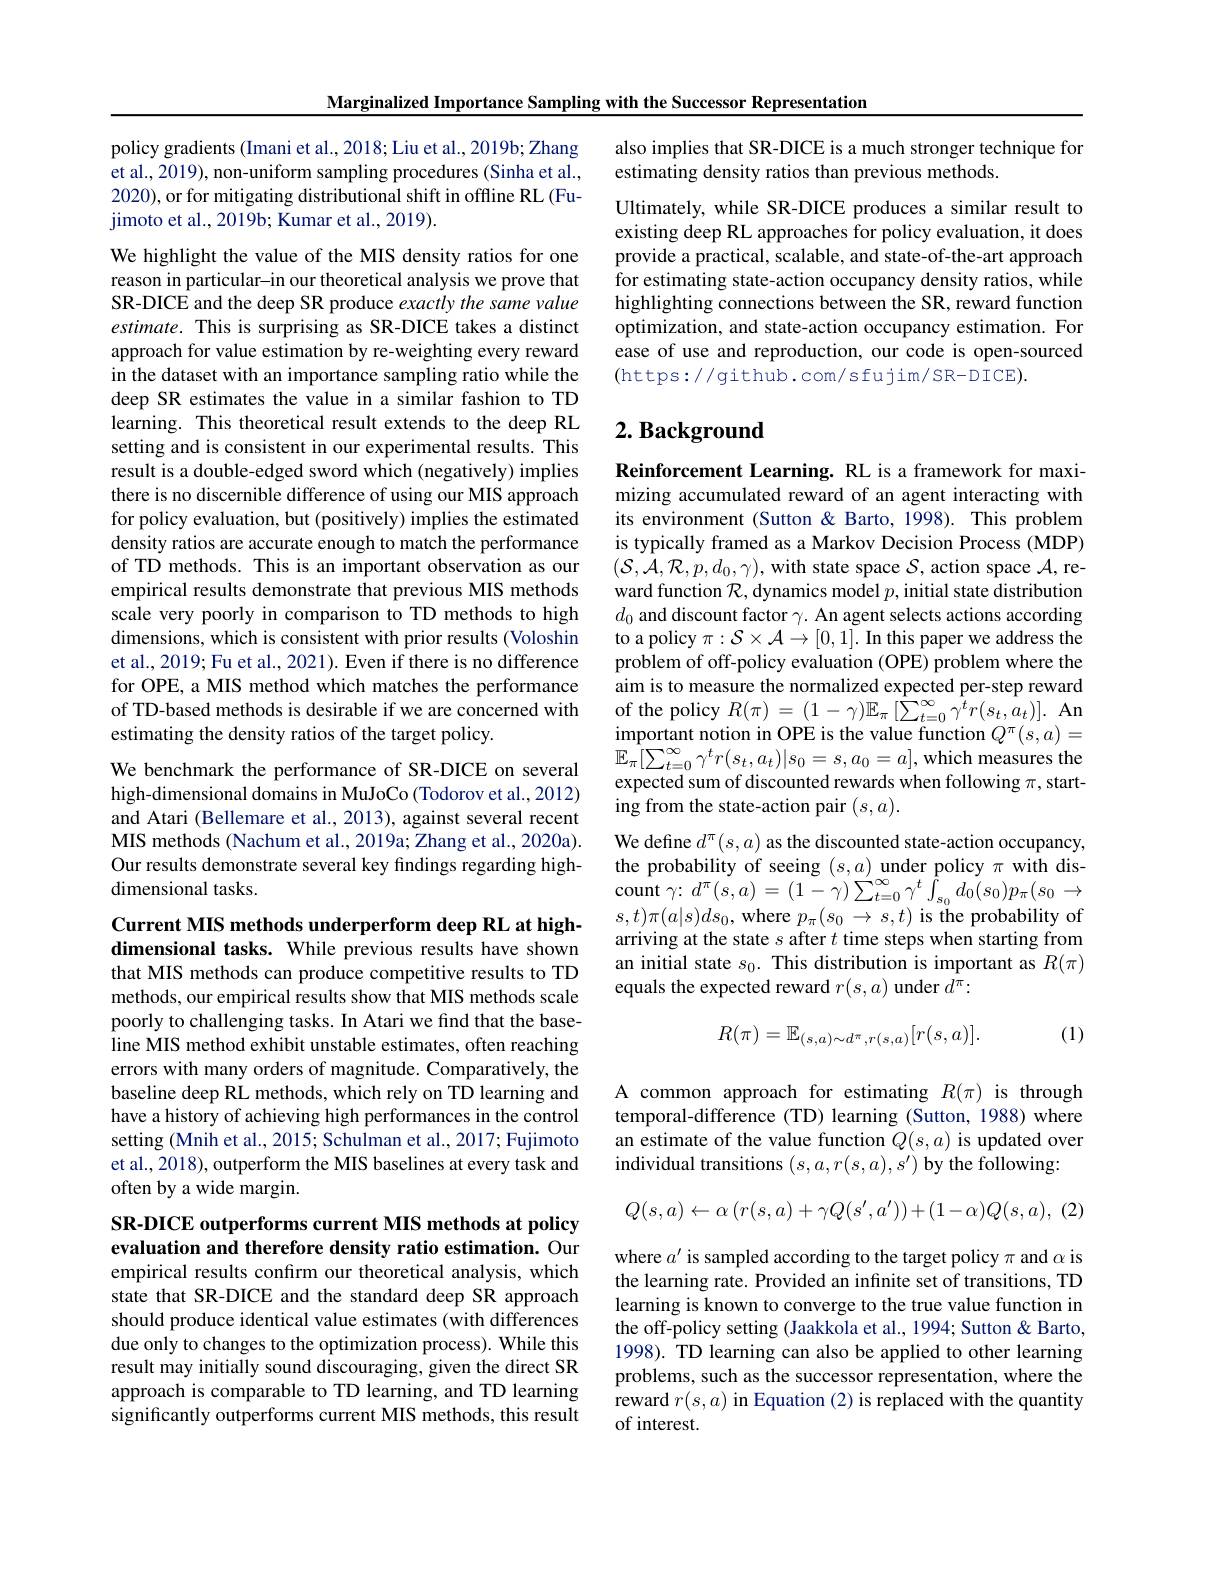
Marginalized Importance Sampling with the Successor Representation

policy gradients (Imani et al., 2018; Liu et al., 2019b; Zhang et al., 2019), non-uniform sampling procedures (Sinha et al., 2020), or for mitigating distributional shift in offline RL (Fujimoto et al., 2019b; Kumar et al., 2019).

We highlight the value of the MIS density ratios for one reason in particular-in our theoretical analysis we prove that SR-DICE and the deep SR produce exactly the same value estimate. This is surprising as SR-DICE takes a distinct approach for value estimation by re-weighting every reward in the dataset with an importance sampling ratio while the deep SR estimates the value in a similar fashion to TD learning. This theoretical result extends to the deep RL setting and is consistent in our experimental results. This result is a double-edged sword which (negatively) implies there is no discernible difference of using our MIS approach for policy evaluation, but (positively) implies the estimated density ratios are accurate enough to match the performance of TD methods. This is an important observation as our empirical results demonstrate that previous MIS methods scale very poorly in comparison to TD methods to high dimensions, which is consistent with prior results (Voloshin et al., 2019; Fu et al., 2021). Even if there is no difference for OPE, a MIS method which matches the performance of TD-based methods is desirable if we are concerned with estimating the density ratios of the target policy.

We benchmark the performance of SR-DICE on several high-dimensional domains in MuJoCo (Todorov et al., 2012) and Atari (Bellemare et al., 2013), against several recent MIS methods (Nachum et al., 2019a; Zhang et al., 2020a). Our results demonstrate several key findings regarding highdimensional tasks.

Current MIS methods underperform deep RL at highdimensional tasks. While previous results have shown that MIS methods can produce competitive results to TD methods, our empirical results show that MIS methods scale poorly to challenging tasks. In Atari we find that the baseline MIS method exhibit unstable estimates, often reaching errors with many orders of magnitude. Comparatively, the baseline deep RL methods, which rely on TD learning and have a history of achieving high performances in the control setting (Mnih et al., 2015; Schulman et al., 2017; Fujimoto et al., 2018), outperform the MIS baselines at every task and often by a wide margin.

## SR-DICE outperforms current MIS methods at policy evaluation and therefore density ratio estimation. Our

empirical results confirm our theoretical analysis, which state that SR-DICE and the standard deep SR approach should produce identical value estimates (with differences due only to changes to the optimization process). While this result may initially sound discouraging, given the direct SR approach is comparable to TD learning, and TD learning significantly outperforms current MIS methods, this result

also implies that SR-DICE is a much stronger technique for
estimating density ratios than previous methods.

Ultimately, while SR-DICE produces a similar result to existing deep RL approaches for policy evaluation, it does provide a practical, scalable, and state-of-the-art approach for estimating state-action occupancy density ratios, while highlighting connections between the SR, reward function optimization, and state-action occupancy estimation. For ease of use and reproduction, our code is open-sourced (https://github.com/sfujim/SR-DICE).

## $2. \textbf{ Background}$

Reinforcement Learning. RL is a framework for maximizing accumulated reward of an agent interacting with its environment (Sutton & Barto, 1998). This problem is typically framed as a Markov Decision Process (MDP) $(\mathcal{S},\mathcal{A},\mathcal{R},p,d_{0},\gamma)$, with state space $\mathcal{S}$, action space $\mathcal{A}$,reward function $\mathcal{R}$, dynamics model $p$, initial state distribution $d_0$ and discount factor $\gamma.$ An agent selects actions according to a policy $\pi:\mathcal{S}\times\mathcal{A}\to[0,1].$ In this paper we address the problem of off-policy evaluation (OPE) problem where the aim is to measure the normalized expected per-step reward of the policy $R(\pi)=(1-\gamma)\mathbb{E}_{\pi}\left[\hat{\sum}_{t=0}^{\infty}\hat{\gamma}^{t}r(s_{t},a_{t})\right].$ An important notion in OPE is the value function $Q^\pi(s,a)=$ $\mathbb{E}_{\pi}[\sum_{t=0}^{\infty}\gamma^{t}r(s_{t},a_{t})|s_{0}=s,a_{0}=a]$,which measures the expected sum of discounted rewards when following $\pi$, starting from the state-action pair $(s,a).$
We define $d^\pi(s,a)$ as the discounted state-action occupancy, the probability of seeing $(s,a)$ under policy $\pi$ with discount $\gamma {: }$ $d^{\pi }( s, a) = ( 1- \gamma ) \sum _{t= 0}^{\infty }\gamma ^{t}\int _{s_{0}}d_{0}( s_{0}) p_{\pi }( s_{0}\rightarrow$ $s,t)\pi(a|s)ds_{0}$,where $p_\pi(s_{0}\rightarrow s,t)$ is the probability of arriving at the state $s$ after $t$ time steps when starting from an initial state $s_0.$ This distribution is important as $R(\pi)$ equals the expected reward $r(s,a)$ under $d^\pi:$
$$R(\pi)=\mathbb{E}_{(s,a)\sim d^{\pi},r(s,a)}[r(s,a)].$$
(1)

A common approach for estimating $R(\pi)$ is through temporal-difference (TD) learning (Sutton, 1988) where an estimate of the value function $Q(s,a)$ is updated over individual transitions $(s,a,r(s,a),s^{\prime})$ by the following:

(2)
$$Q(s,a)\leftarrow\alpha\left(r(s,a)+\gamma Q(s',a')\right)+(1-\alpha)Q(s,a),$$
where $a^\prime$ is sampled according to the target policy $\pi$ and $\alpha$ is the learning rate. Provided an infinite set of transitions, TD learning is known to converge to the true value function in the off-policy setting (Jaakkola et al., 1994; Sutton & Barto, 1998). TD learning can also be applied to other learning problems, such as the successor representation, where the reward $r(s,a)$ in Equation (2) is replaced with the quantity of interest.